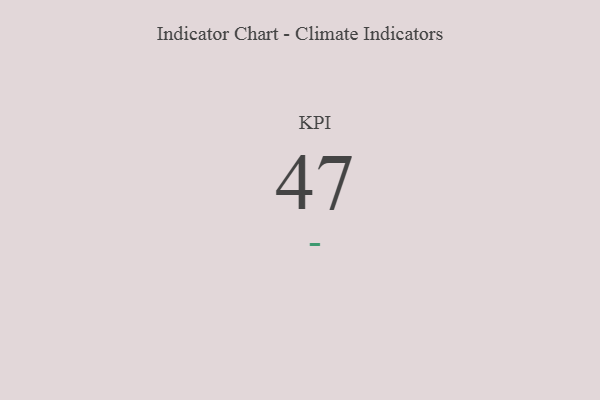
{"axis": {"x": "KPI", "y": "Value"}, "legend": [""], "data": [{"x": "KPI", "y": 47, "type": ""}]}